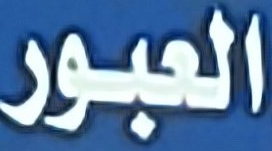
العبور